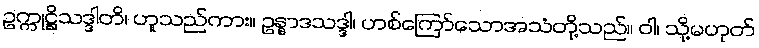
ဥက္ကုဋ္ဌိသဒ္ဒါတိ၊ ဟူသည်ကား။ ဥန္နာဒသဒ္ဒါ၊ ဟစ်ကြော်သောအသံတို့သည်။ ဝါ၊ သို့မဟုတ်